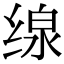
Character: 缐